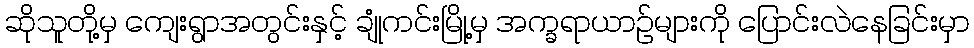
ဆိုသူတို့မှ ကျေးရွာအတွင်းနှင့် ချုံကင်းမြို့မှ အက္ခရာယာဉ်များကို ပြောင်းလဲနေခြင်းမှာ